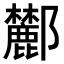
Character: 𨟤